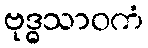
ဗုဒ္ဓသာဝကံ